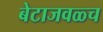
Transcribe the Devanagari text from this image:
बेटाजवळ्च